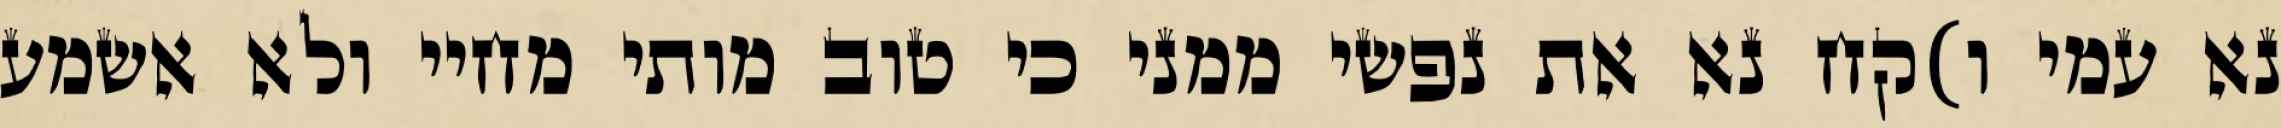
נא עמי ו)קח נא את נפשי ממני כי טוב מותי מחיי ולא אשמע